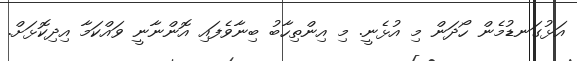
އަޅުގަނޑުމެން ހޯދަން މި އުޅެނީ. މި އިންތިހާބު ބިނާވެފައި އޮންނާނީ ވައްކަމާ އިދިކޮޅަށް.